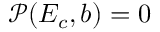
\mathcal { P } ( E _ { c } , b ) = 0